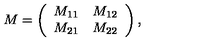
M = \left( \begin{array} { c c } { M _ { 1 1 } } & { M _ { 1 2 } } \\ { M _ { 2 1 } } & { M _ { 2 2 } } \\ \end{array} \right) ,